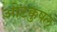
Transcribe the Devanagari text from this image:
ओटक्कुषल्